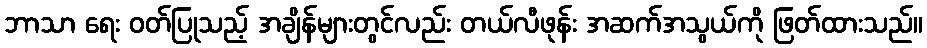
ဘာသာ ရေး ဝတ်ပြုသည့် အချိန်များတွင်လည်း တယ်လီဖုန်း အဆက်အသွယ်ကို ဖြတ်ထားသည်။